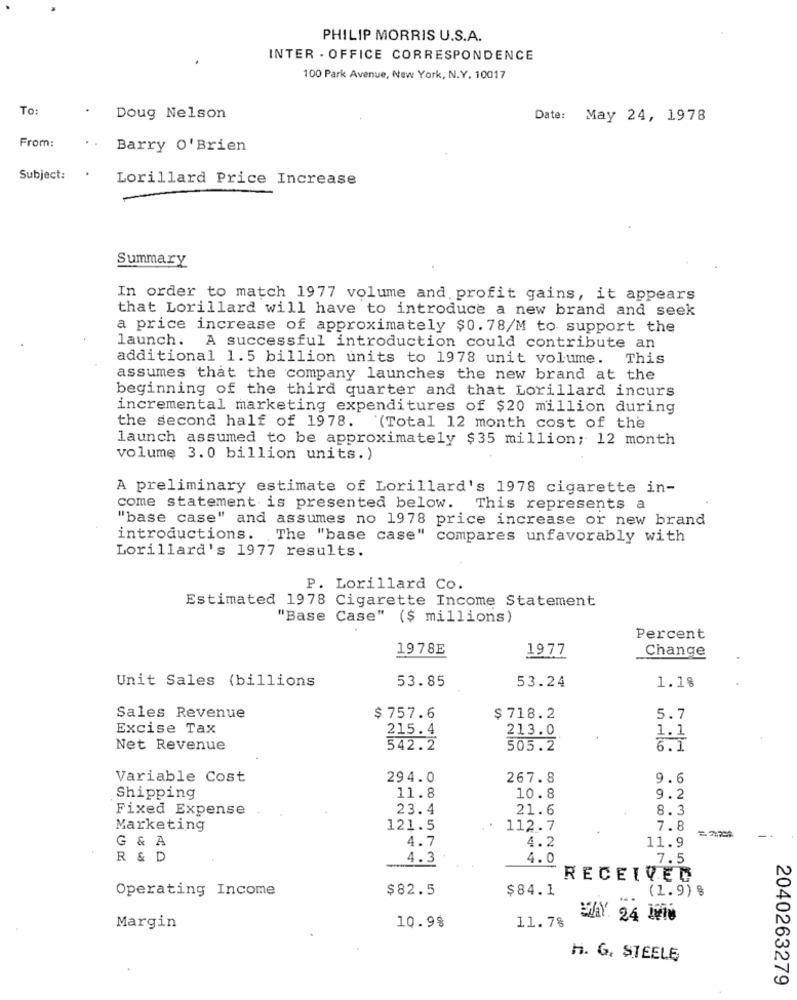
PHILIP MORRIS U.S.A.
INTER - OFFICE CORRESPONDENCE
100 Park Avenue, New York, N.Y. 10017
To:
Doug Nelson
Date: May 24, 1978
From:
Barry O'Brien
Subject:
Lorillard Price Increase
Summary
In order to match 1977 volume and profit gains, it appears
that Lorillard will have to introduce a new brand and seek
a price increase of approximately $0.78/M to support the
launch. A successful introduction could contribute an
additional 1.5 billion units to 1978 unit volume. This
assumes that the company launches the new brand at the
beginning of the third quarter and that Lorillard incurs
incremental marketing expenditures of $20 million during
the second half of 1978. (Total 12 month cost of the
launch assumed to be approximately $35 million; 12 month
volume 3.0 billion units.)
A preliminary estimate of Lorillard's 1978 cigarette in-
come statement is presented below. This represents a
"base case" and assumes no 1978 price increase or new brand
introductions. The "base case" compares unfavorably with
Lorillard's 1977 results.
P. Lorillard Co.
Estimated 1978 Cigarette Income Statement
"Base Case" ($ millions)
Percent
1978E
1977
Change
Unit Sales (billions
53.85
53.24
1.18
Sales Revenue
$ 757.6
$ 718.2
5.7
Excise Tax
215.4
213.0
1.1
Net Revenue
542.2
505.2
Variable Cost
294.0
267.8
9.6
Shipping
11.8
10.8
9.2
Fixed Expense
23.4
21.6
8.3
Marketing
121.5
112.7
7.8
G & A
4.7
11.9
4.2
R & D
4.3
4.0
7.5
RECEIVED
Operating Income
$82.5
$84.1
(1.9) $
..
10.98
11.7%
Margin
H. G. STEELE
2040263279